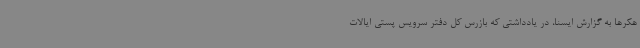
هکرها به گزارش ایسنا، در یادداشتی که بازرس کل دفتر سرویس پستی ایالات